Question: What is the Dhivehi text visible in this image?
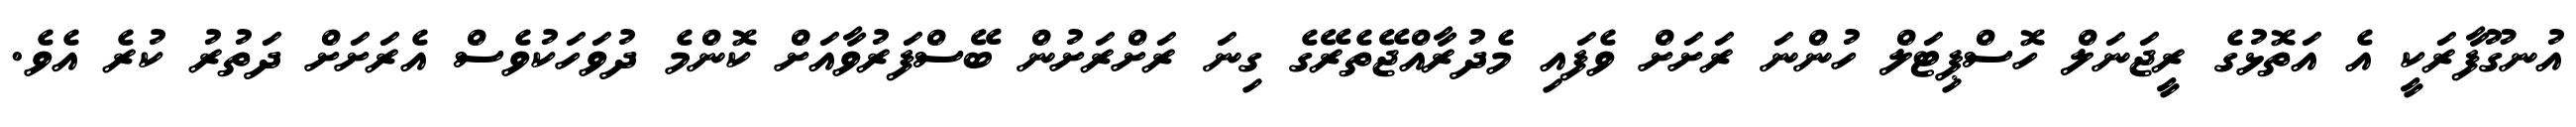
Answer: އުނގޫފާރަކީ އެ އަތޮޅުގެ ރީޖަނަލް ހޮސްޕިޓަލް ހުންނަ ރަށަށް ވެފައި މެދުރާއްޖޭތެރޭގެ ގިނަ ރަށްރަށުން ބޭސްފަރުވާއަށް ކޮންމެ ދުވަހަކުވެސް އެރަށަށް ދަތުރު ކުރެ އެވެ.